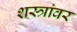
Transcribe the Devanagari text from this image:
शस्त्रांवर